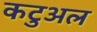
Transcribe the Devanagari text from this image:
कटुअल